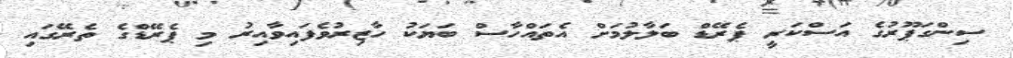
ސިންގަޕޫރުގެ އަސްކަރީ ޕެރޭޑް ބަލާލުމަށް އެތައްހާސް ބަޔަކު ހާޒިރުވެފައިވާއިރު މި ޕެރޭޑްގެ ތެރޭގައި